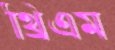
থ্রিএম